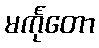
မင်္ကုတော